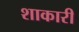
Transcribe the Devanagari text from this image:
शाकारी